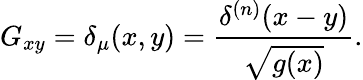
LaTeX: G_{xy}=\delta_{\mu}(x,y)={\frac{\delta^{(n)}(x-y)}{\sqrt{g(x)}}}.